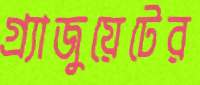
গ্র্যাজুয়েটের